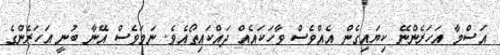
އަސްމާ އަހަރެންނޭ ކިޔައިގެން އެއްވެސް ވާހަކައެއް ދައްކައިތޯއެވެ. ނަމަވެސް އޭނާ ބުނީ އަހަރެންގެ